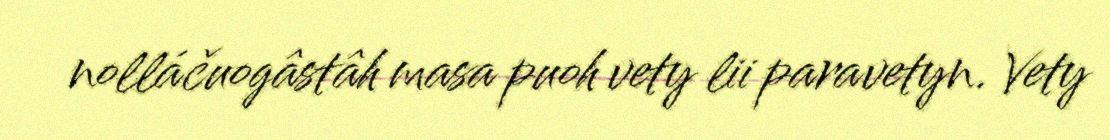
nolláčuogâstâh masa puoh vety lii paravetyn. Vety